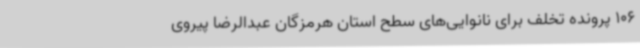
106 پرونده تخلف برای نانوایی‌های سطح استان هرمزگان عبدالرضا پیروی